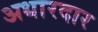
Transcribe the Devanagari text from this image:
अधारदार